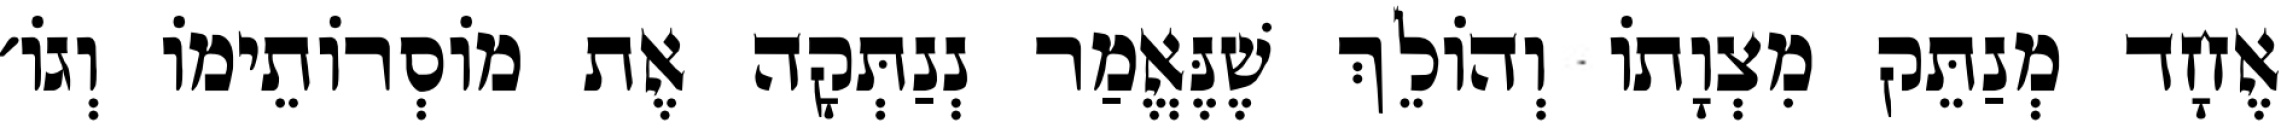
אֶחָד מְנַתֵּק מִצְוָתוֹ וְהוֹלֵךְ שֶׁנֶּאֱמַר נְנַתְּקָה אֶת מוֹסְרוֹתֵימוֹ וְגוֹ׳